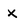
Character: x